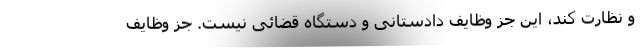
و نظارت کند، این جز وظایف دادستانی و دستگاه قضائی نیست. جز وظایف